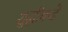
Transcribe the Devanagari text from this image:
शुद्धीकडे